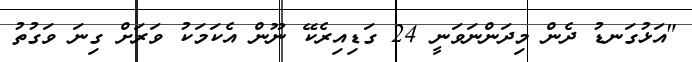
"އަޅުގަނޑު ދެން މިދަންނަވަނީ 24 ގަޑިއިރެކޭ ނޫން އެކަމަކު ވަރަށް ގިނަ ވަގުތު